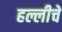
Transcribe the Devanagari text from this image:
हल्लीचें